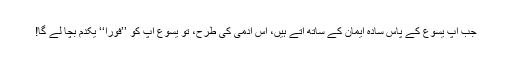
جب آپ یسوع کے پاس سادہ ایمان کے ساتھ آتے ہیں، اِس آدمی کی طرح، تو یسوع آپ کو ’’فوراً‘‘ یکدم بچا لے گا!